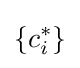
\left\lbrace c_{i}^{*}\right\rbrace